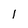
Character: l